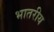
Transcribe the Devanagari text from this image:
भातरीय